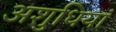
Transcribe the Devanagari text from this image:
अशुधियां